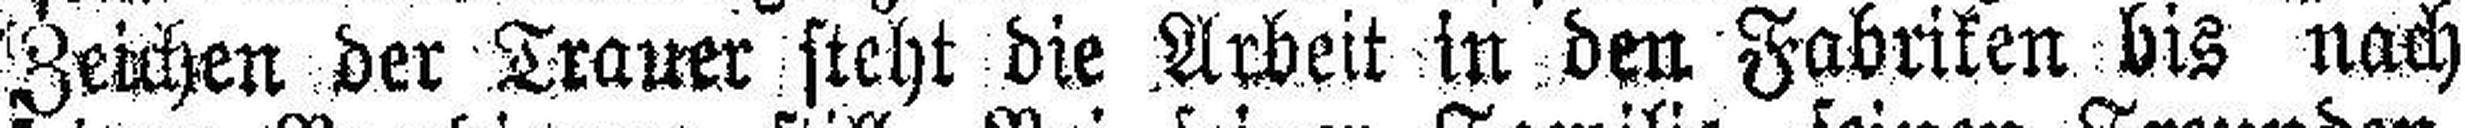
Zeichen der Trauer steht die Arbeit in den Fabriken bis nach